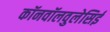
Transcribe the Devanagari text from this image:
कॉनवॉलवुलेसिई